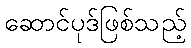
ဆောင်ပုဒ်ဖြစ်သည့်